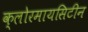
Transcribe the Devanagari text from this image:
क्लोरमायसिटीन